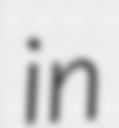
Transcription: in